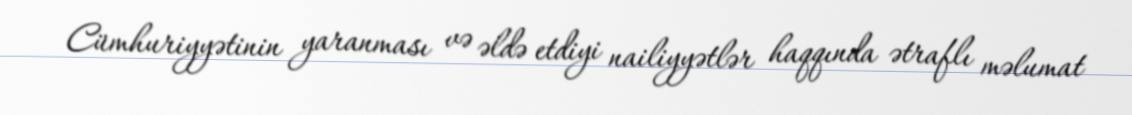
Cümhuriyyətinin yaranması və əldə etdiyi nailiyyətlər haqqında ətraflı məlumat